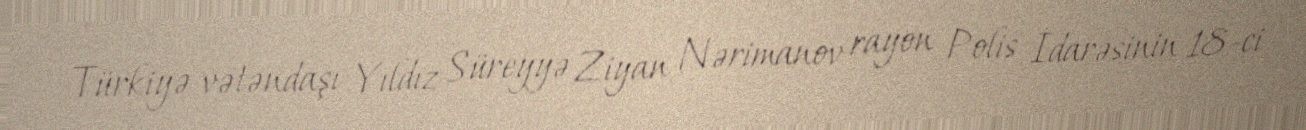
Türkiyə vətəndaşı Yıldız Süreyyə Ziyan Nərimanov rayon Polis İdarəsinin 18-ci